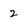
Character: 2